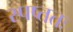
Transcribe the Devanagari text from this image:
स्पष्ततः